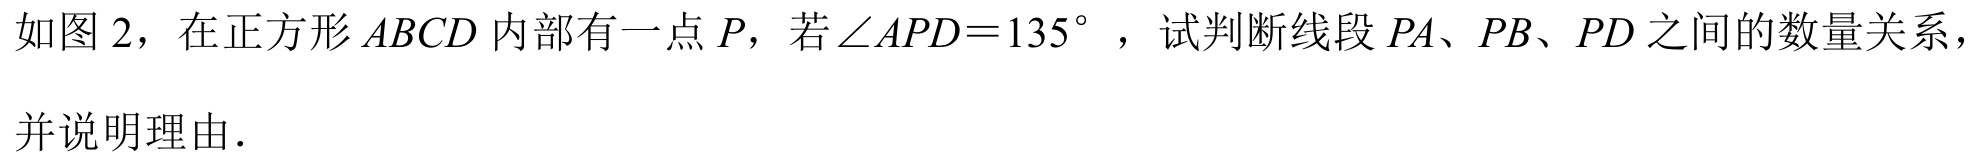
如图 2，在正方形 \(ABCD\) 内部有一点 \(P\)，若 \(\angle APD = 135^{\circ}\) ，试判断线段 \(PA\)、\(PB\)、\(PD\) 之间的数量关系，
并说明理由.